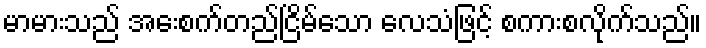
မာမားသည် အေးစက်တည်ငြိမ်သော လေသံဖြင့် စကားစလိုက်သည်။